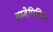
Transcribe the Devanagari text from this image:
अम्बेपितिया